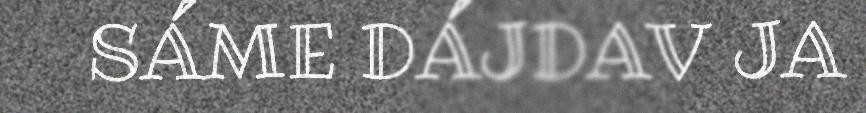
SÁME DÁJDAV JA